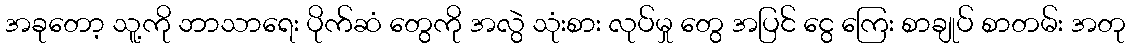
အခုတော့ သူ့ကို ဘာသာရေး ပိုက်ဆံ တွေကို အလွဲ သုံးစား လုပ်မှု တွေ အပြင် ငွေ ကြေး စာချုပ် စာတမ်း အတု